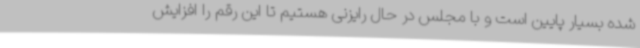
شده بسیار پایین است و با مجلس در حال رایزنی هستیم تا این رقم را افزایش